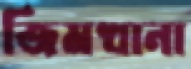
জিমখানা